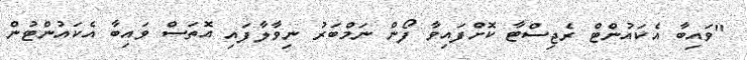
"ވައިބާ އެކައުންޓް ރެޖިސްޓާ ކޮށްފައިވާ ފޯން ނަމްބަރު ނިވާލާފައި އޮތަސް ވައިބާ އެކައުންޓުން